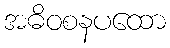
အဓိဝစနပထော